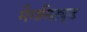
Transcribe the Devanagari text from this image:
मैगनिट्यूड